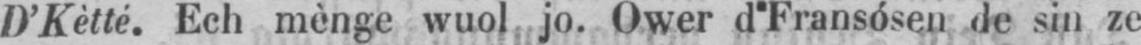
D’Kètté. Ech mènge wuol jo. Ower d’Fransósen de sin ze